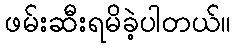
ဖမ်းဆီးရမိခဲ့ပါတယ်။